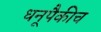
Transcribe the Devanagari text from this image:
धनूपैकीच